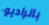
بالراديو